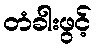
တံခါးဖွင့်